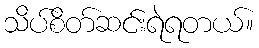
သိပ်စိတ်ဆင်းရဲရတယ်။